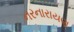
નરનારાયણ